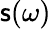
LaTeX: \mathsf{s}(\omega)